Ridala_vallavalitsus, lk 7
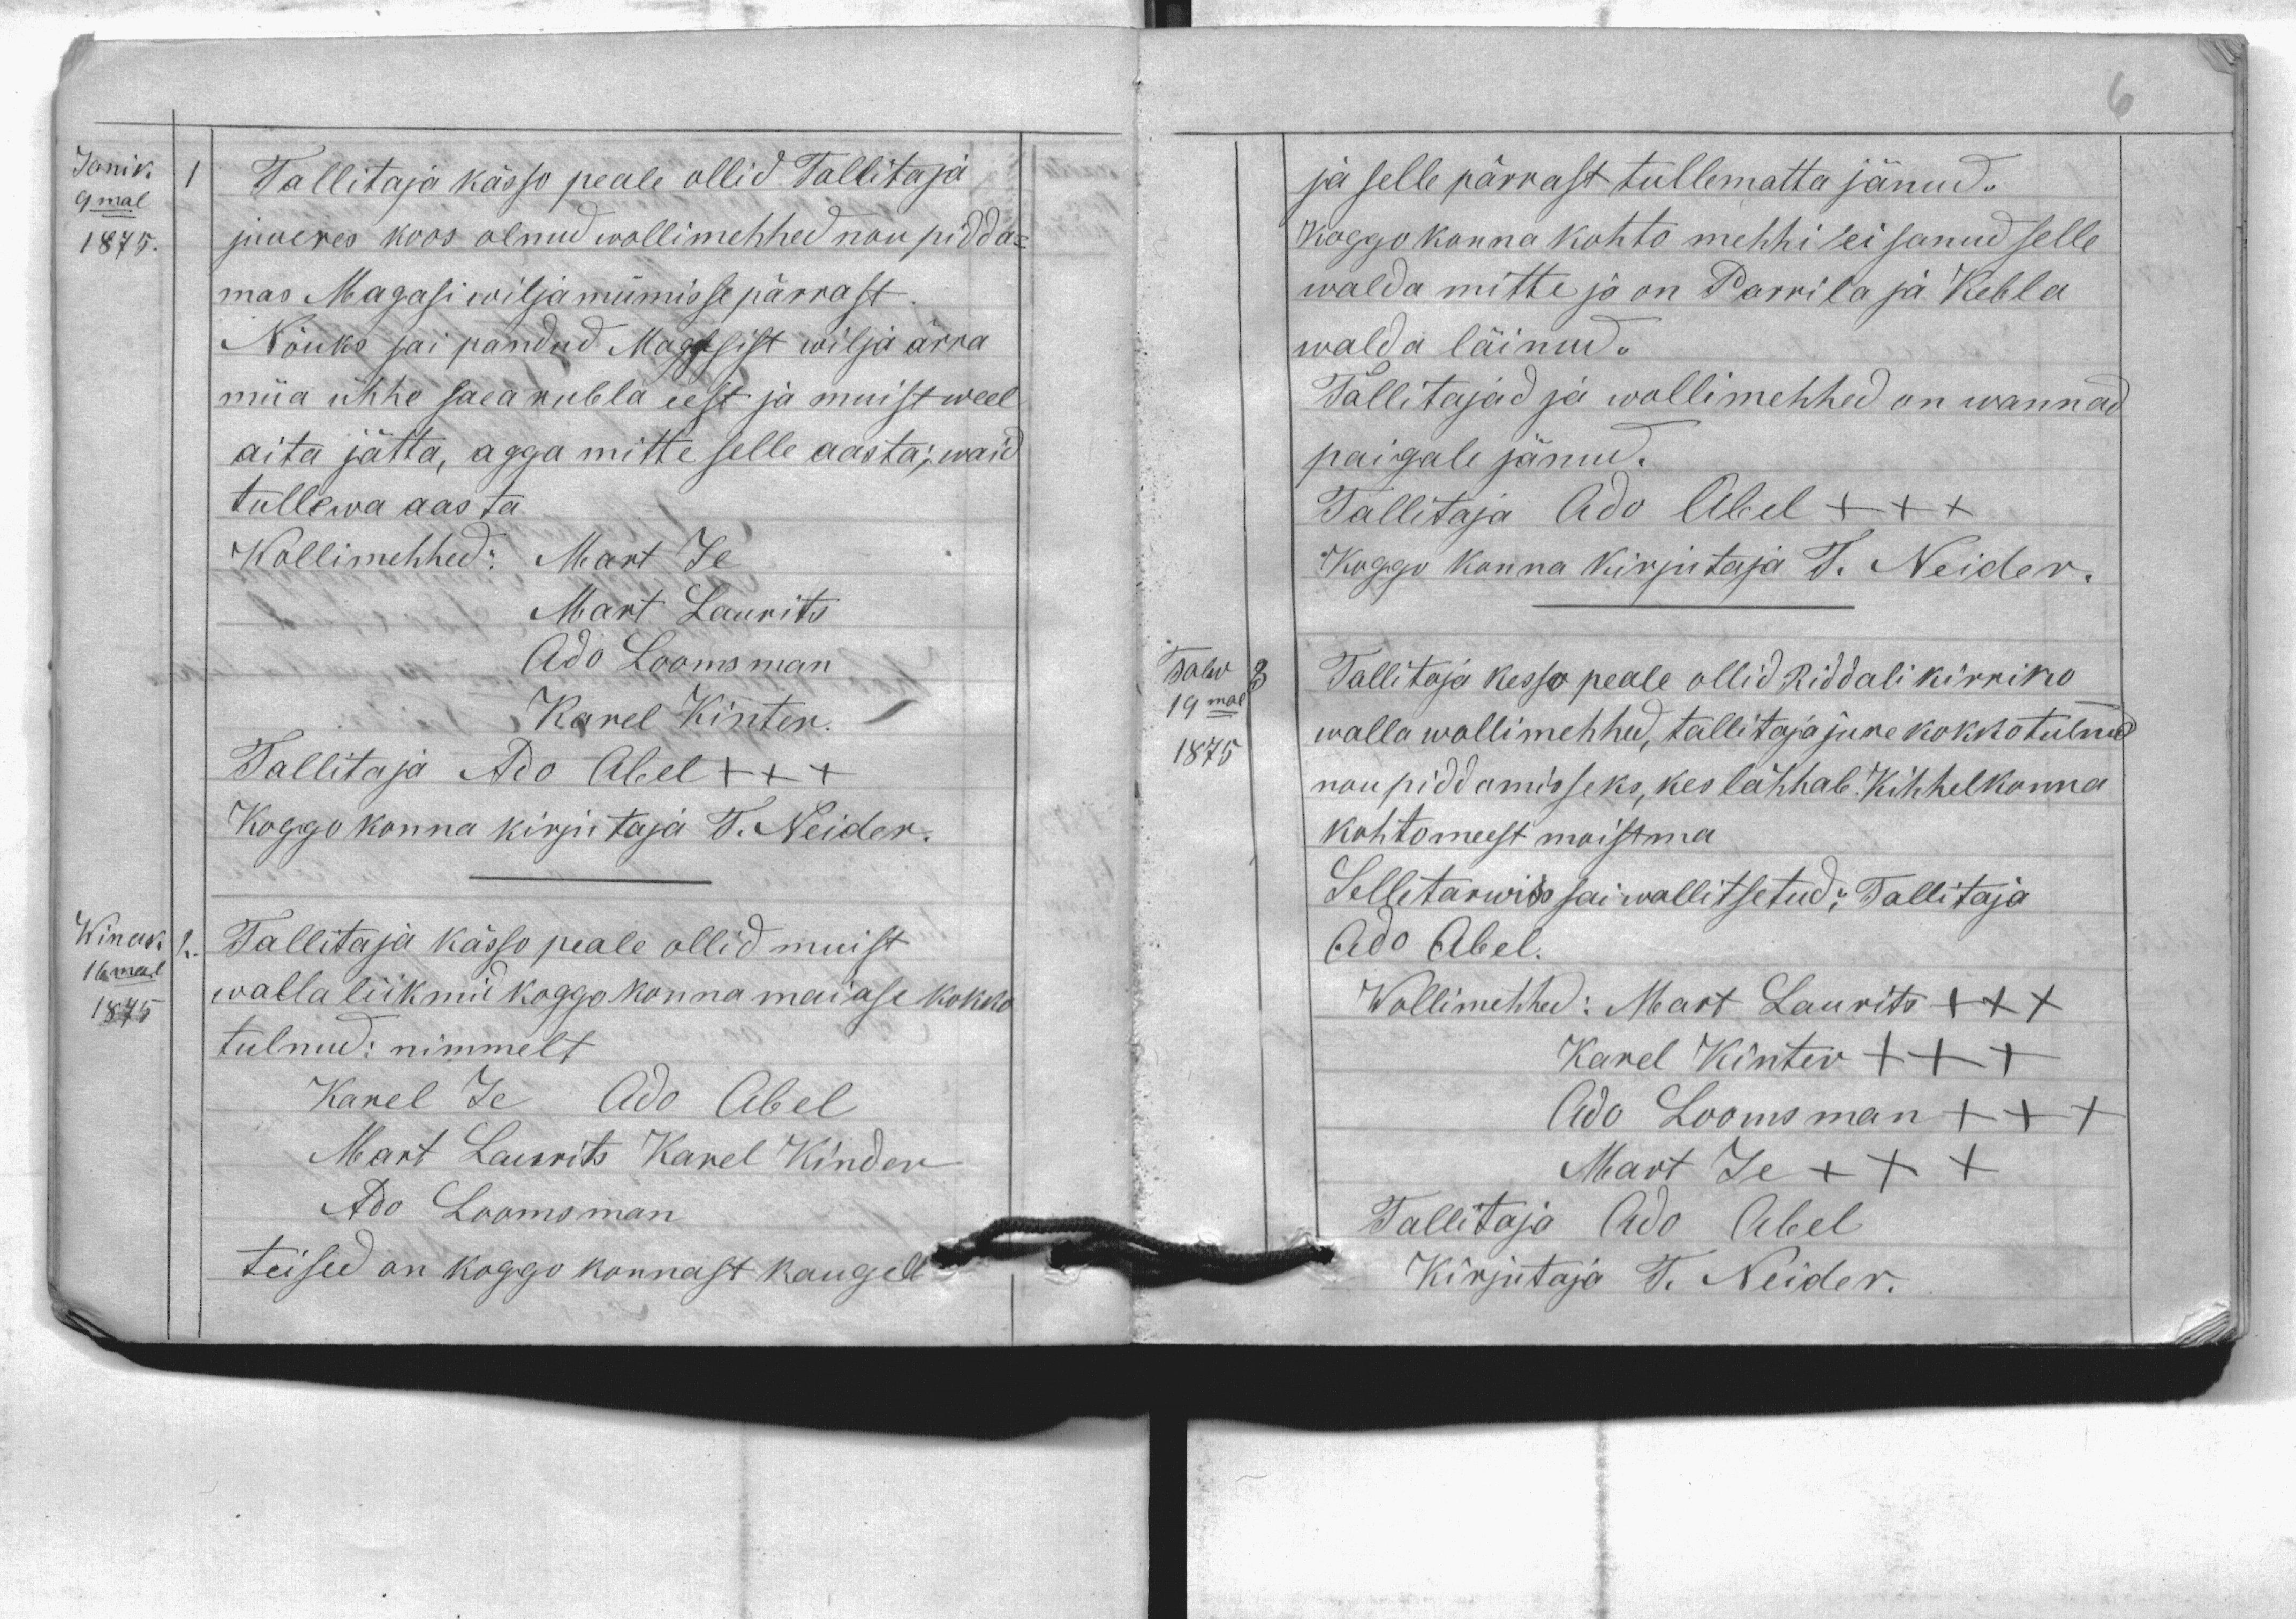
Janik
9mal
1875.
Winak
16mal
1875
Tallitaja kässo peale ollid Tallitaja
juures koos olnud wollimehhed nou pidda-
mas Magasi wilja mümisse pärrast.
Nõuks sai pandud Magasist wilja ärra
müa ühhe saea rubla eest ja muist weel
aita jätta, agga mitte selle aasta; waid
tullewa aasta
Wollimehhed: Mart Je
Mart Laurits
Ado Loomsman
Karel Kinter
Tallitaja Ado Abel +++
Koggokonna kirjutaja T. Neider
Tallitaja kässo peale ollid muist
walla liikmid koggokonna maiase kokko
tulnud: nimmelt
Karel Je Ado Abel
Mart Laurits Karel Kinder
Ado Loomsman
teised on koggo konnast kaugell
1
2

Talw
19mal
1875
ja selle pärrast tullemata jänud.
koggokonna kohto mehhi ei sanud selle
walda mitte ja on Parrila ja Kebla
walda läinud.
Tallitajad ja wollimehhed on wannad
paigale jänud.
Tallitaja Ado Abel +++
Koggo konna kirjutaja T. Neider.
Tallitaja kesso peale ollid Riddali kirriko
walla wollimehhed, tallitaja jure kokkotulnud
noupiddamisseks, kes lähhab Kihhelkonna
kohtomeest moistma
Selletarwis sai wallitsetud: Tallitaja
Ado Abel.
Wollimehhed: Mart Laurits +++
Karel Kinter +++
Ado Loomsman +++
Mart Je +++
Tallitaja Ado Abel
Kirjutaja T. Neider.
3